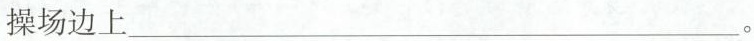
操场边上___。